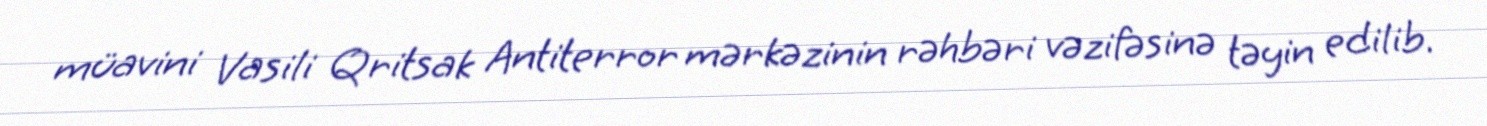
müavini Vasili Qritsak Antiterror mərkəzinin rəhbəri vəzifəsinə təyin edilib.